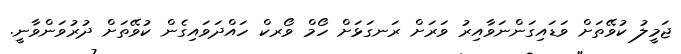
ޖަމީލު ކުވޭތަށް ވަޑައިގަންނަވާއިރު ވަރަށް ރަނގަޅަށް ހޯމް ވޯރކް ހައްދަަވައިގެން ކުވޭތަށް ދުރުވަންވާނީ.